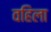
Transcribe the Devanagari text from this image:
वहिला